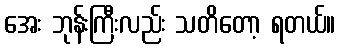
အေး ဘုန်းကြီးလည်း သတိတော့ ရတယ်။